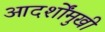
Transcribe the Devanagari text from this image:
आदर्शोंमुखी